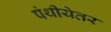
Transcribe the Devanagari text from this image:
पंथीयेतर